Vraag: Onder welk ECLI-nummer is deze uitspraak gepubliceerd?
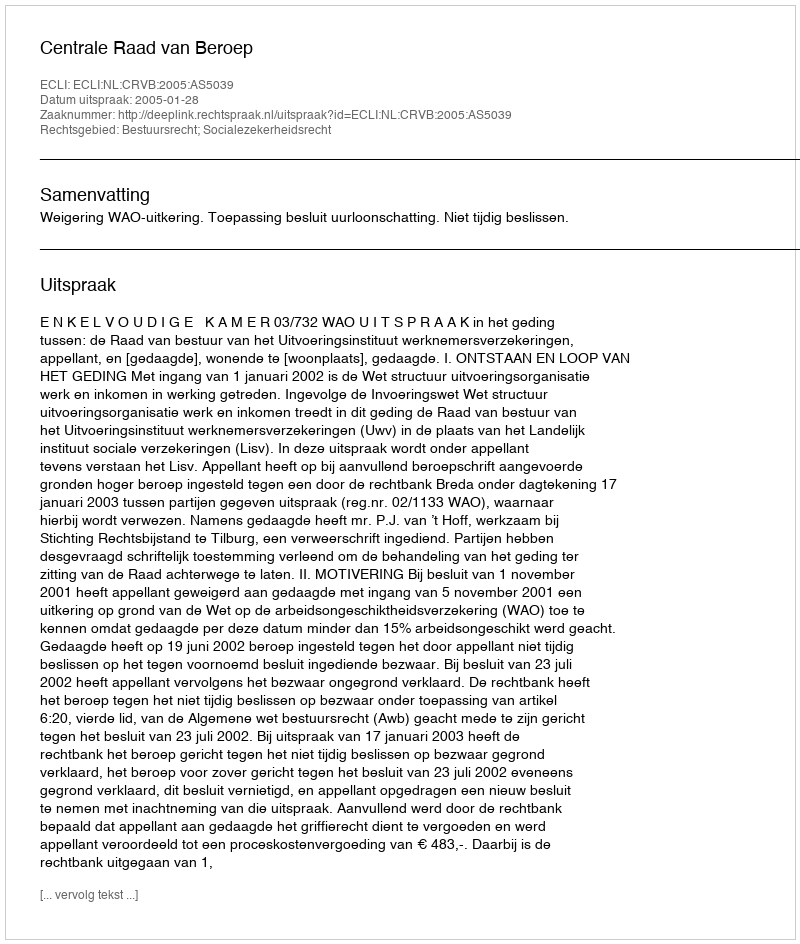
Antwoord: ECLI:NL:CRVB:2005:AS5039